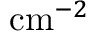
\mathrm { c m } ^ { - 2 }